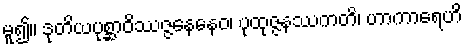
မူ၍။ ဒုတိယပုစ္ဆာဝိဿဇ္ဇနေနေဝ၊ ပုထုဇ္ဇနဿကတိ၊ ဟာကာရေဟိ